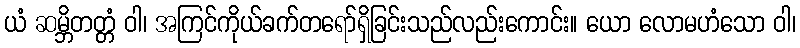
ယံ ဆမ္ဘိတတ္တံ ဝါ၊ အကြင်ကိုယ်ခက်တရော်ရှိခြင်းသည်လည်းကောင်း။ ယော လောမဟံသော ဝါ၊